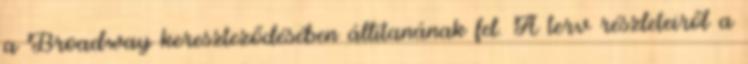
a Broadway kereszteződésében állítanának fel. A terv részleteiről a